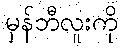
မှန်ဘီလူးကို